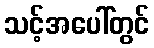
သင့်အပေါ်တွင်